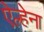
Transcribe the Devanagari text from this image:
ऐल्हेना